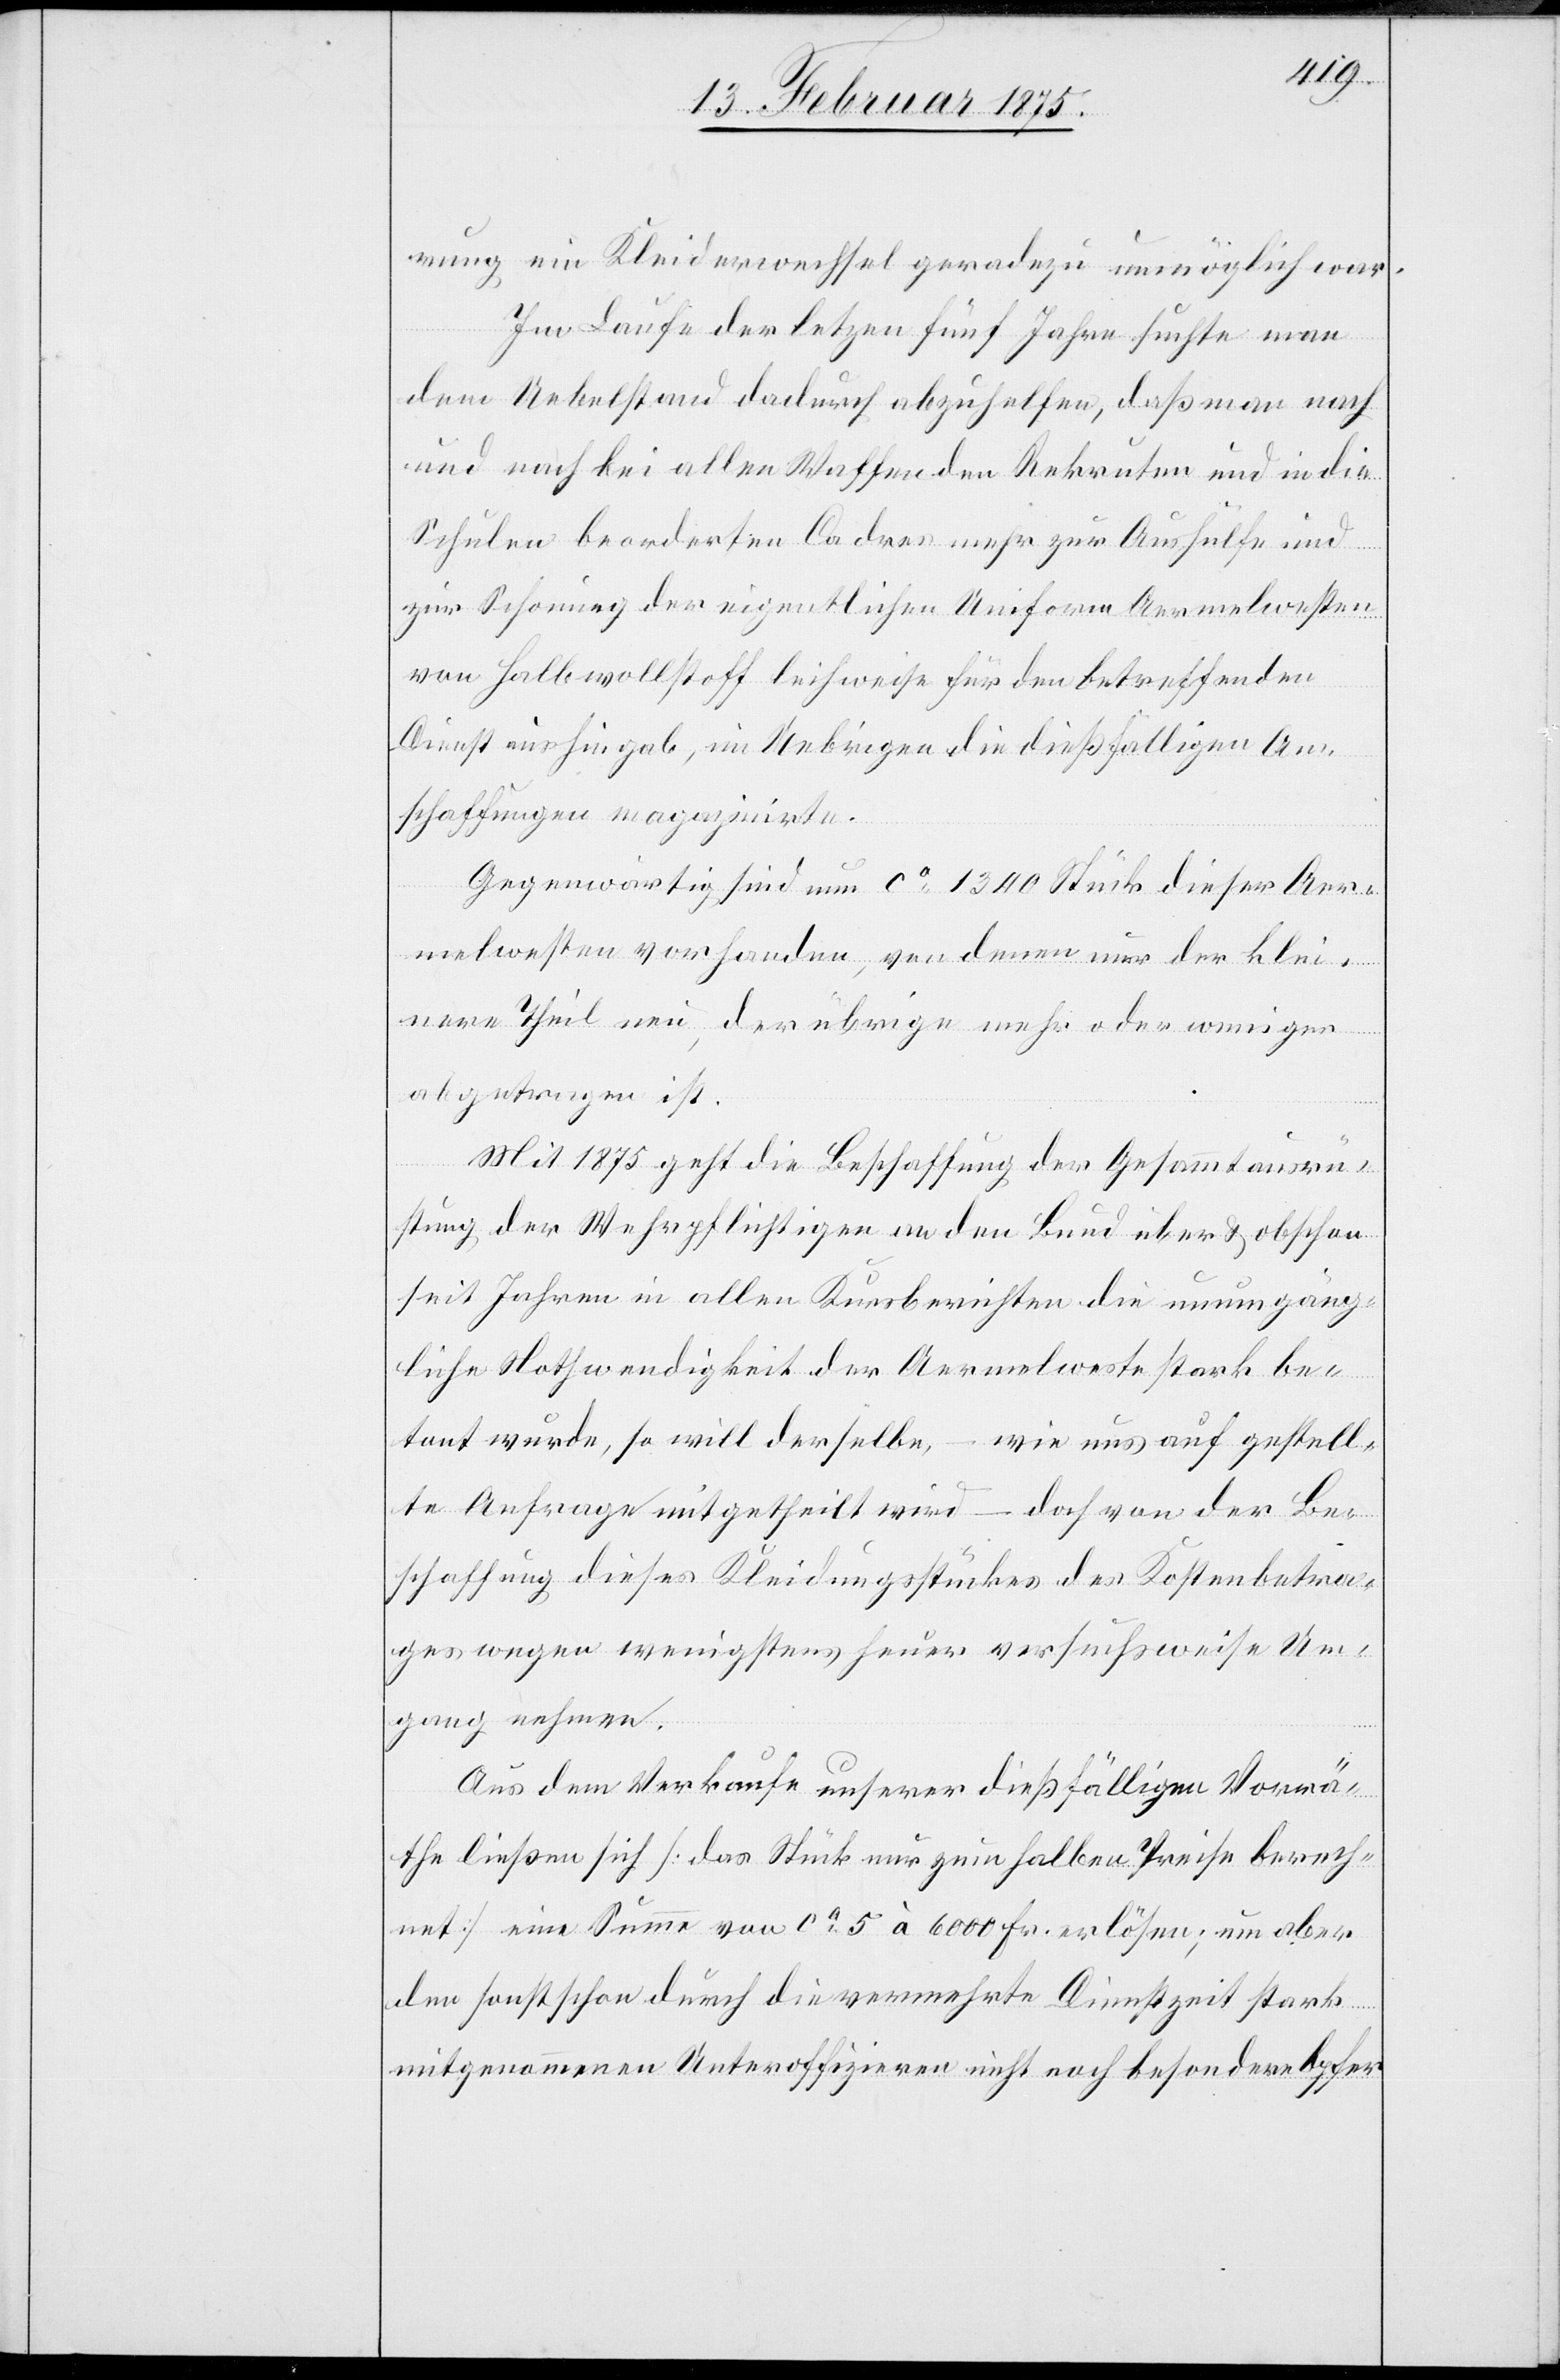
rung ein Kleiderwechsel geradezu unmöglich war.
Im Laufe der letz[t]en fünf Jahre suchte man
dem Uebelstand dadurch abzuhelfen, daß man nach
und nach bei allen Waffen den Rekruten und in die
Schulen beorderten Cadres mehr zur Aushülfe und
zur Schonung der eigentlichen Uniform Aermelwesten
von Halbwollstoff leihweise für den betreffenden
Dienst aushingab, im Uebrigen die dießfälligen An¬
schaffungen magazinirte.
Gegenwärtig sind nun ca 1340 Stück dieser Aer¬
melwesten vorhanden, von denen nur der klei¬
nere Theil neu, der übrige mehr oder weniger
abgetragen ist.
Mit 1875 geht die Beschaffung der Gesammtausrü¬
stung der Wehrpflichtigen an den Bund über & obschon
seit Jahren in allen Kursberichten die unumgäng¬
liche Nothwendigkeit der Aermelweste stark be¬
tont wurde, so will derselbe, – wie uns auf gestell¬
te Anfrage mitgetheilt wird – doch von der Be¬
schaffung dieses Kleidungsstückes des Kostenbetra¬
ges wegen wenigstens heuer versuchsweise Um¬
gang nehmen.
Aus dem Verkaufe unserer dießfälligen Vorrä¬
the ließen sich (das Stück nur zum halben Preise berech¬
net) eine Summe von ca 5 à 6000 Fr. erlösen; um aber
den sonst schon durch die vermehrte Dienstzeit stark
mitgenommenen Unteroffizieren nicht noch besondere Opfer